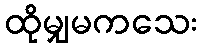
ထိုမျှမကသေး